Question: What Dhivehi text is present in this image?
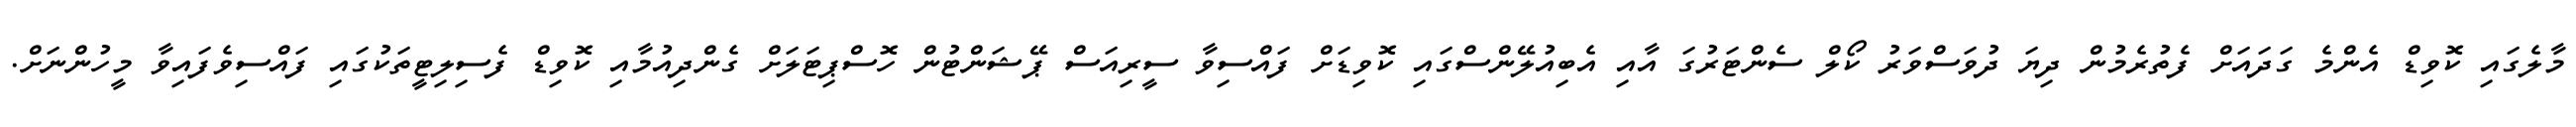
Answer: މާލެގައި ކޮވިޑް އެންމެ ގަދައަށް ފެތުރެމުން ދިޔަ ދުވަސްވަރު ކޯލް ސެންޓަރުގަ އާއި އެބިއުލޭންސްގައި ކޮވިޑަށް ފައްސިވާ ސީރިއަސް ޕޭޝަންޓުން ހޮސްޕިޓަލަށް ގެންދިއުމާއި ކޮވިޑް ފެސިލިޓީތަކުގައި ފައްސިވެފައިވާ މީހުންނަށް.